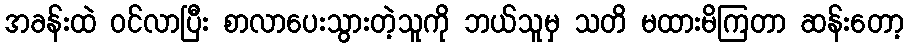
အခန်းထဲ ဝင်လာပြီး စာလာပေးသွားတဲ့သူကို ဘယ်သူမှ သတိ မထားမိကြတာ ဆန်းတော့